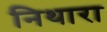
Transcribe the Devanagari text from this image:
निथारा